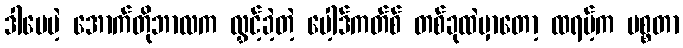
ဒါပေမဲ့ အောက်တိုဘာလက လွှင့်ခဲ့တဲ့ ပေါ့ဒ်ကတ်စ် တစ်ခုထဲမှာတော့ ထရမ့်က မစ္စတာ